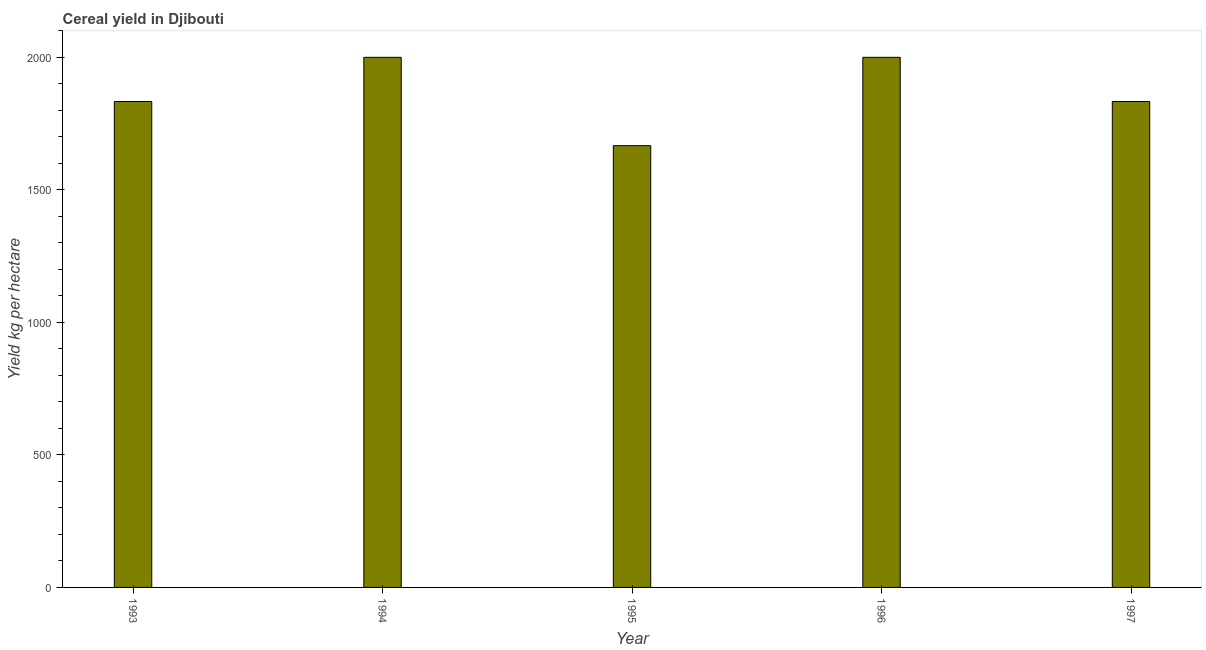
| Year | Cereal yield |
 | --- | --- |
 | 1993 | 1.83e+03 |
 | 1994 | 2e+03 |
 | 1995 | 1.67e+03 |
 | 1996 | 2e+03 |
 | 1997 | 1.83e+03 |